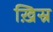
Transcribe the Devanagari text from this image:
ख़िस्र